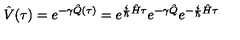
\hat { V } ( \tau ) = e ^ { - \gamma \hat { Q } ( \tau ) } = e ^ { \frac { i } { \hbar } \hat { H } \tau } e ^ { - \gamma \hat { Q } } e ^ { - \frac { i } { \hbar } \hat { H } \tau }